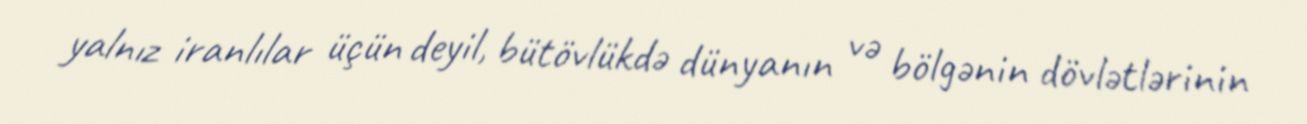
yalnız iranlılar üçün deyil, bütövlükdə dünyanın və bölgənin dövlətlərinin